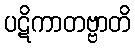
ပဋိကာတဗ္ဗာတိ